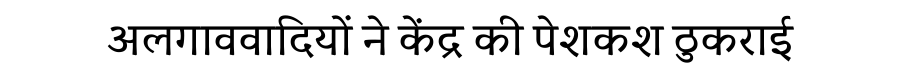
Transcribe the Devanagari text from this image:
अलगाववादियों ने केंद्र की पेशकश ठुकराई